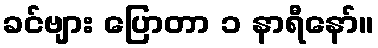
ခင်ဗျား ပြောတာ ၁ နာရီနော်။